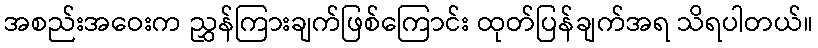
အစည်းအဝေးက ညွှန်ကြားချက်ဖြစ်ကြောင်း ထုတ်ပြန်ချက်အရ သိရပါတယ်။